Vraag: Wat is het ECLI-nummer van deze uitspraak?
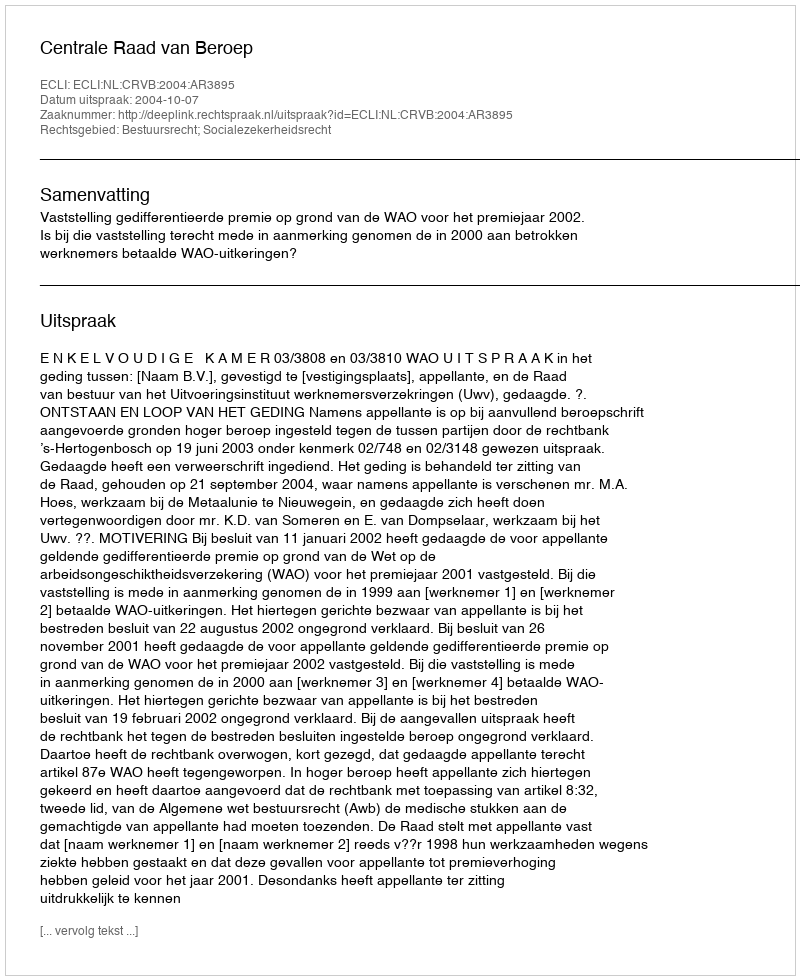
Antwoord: ECLI:NL:CRVB:2004:AR3895